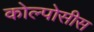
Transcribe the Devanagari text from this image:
कोल्पोसीस